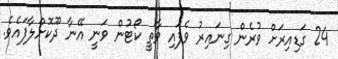
24 ގަޑިއިރަށް ވުރެން ގިނައިރު ވެފައި ވާތީ ކޯޓުން ވަނީ އޭނާ ދޫކޮށްލާފައެވެ.